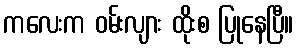
ကလေးက ဝမ်းလျား ထိုးစ ပြုနေပြီ။